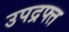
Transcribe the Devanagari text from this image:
उपद्रफ्त